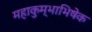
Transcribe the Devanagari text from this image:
महाकुम्भाभिषेक